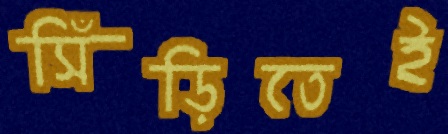
সিঁড়িতেই